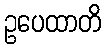
ဥပေထာတိ